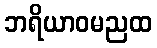
ဘရိယာဝမညထ